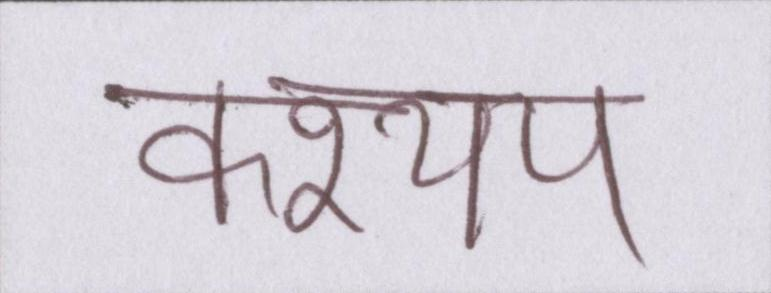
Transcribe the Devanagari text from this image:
कश्यप